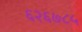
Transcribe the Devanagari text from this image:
६२६७८५